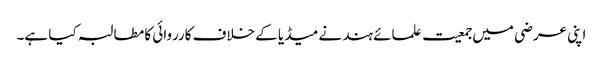
اپنی عرضی میں جمعیت علمائے ہند نے میڈیا کے خلاف کارروائی کا مطالبہ کیا ہے۔